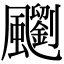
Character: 䬟